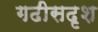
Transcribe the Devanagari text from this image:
गढीसदृश